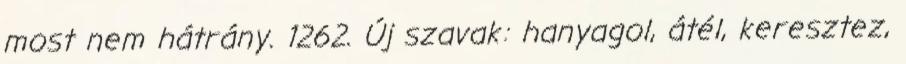
most nem hátrány. 1262. Új szavak: hanyagol, átél, keresztez,